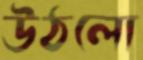
উঠলো